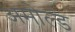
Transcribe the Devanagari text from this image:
अमोल्ड